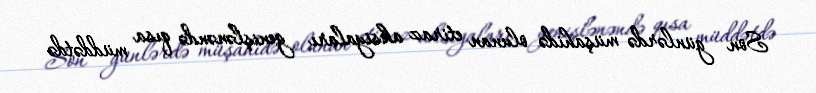
Son günlərdə müşahidə olunan etiraz aksiyaları genişlənəndə qısa müddətdə